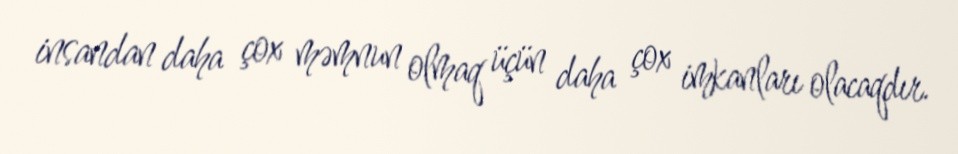
insandan daha çox məmnun olmaq üçün daha çox imkanları olacaqdır.